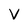
Character: V